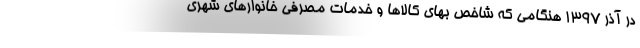
در آذر ۱۳۹۷ هنگامی که شاخص بهای کالاها و خدمات مصرفی خانوارهای شهری